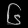
Digit: ၆